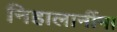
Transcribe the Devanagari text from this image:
निहालानींना